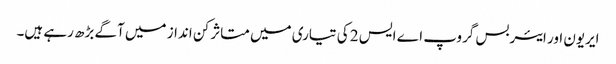
ایریون اور ایئربس گروپ اے ایس 2 کی تیاری میں متاثر کن انداز میں آگے بڑھ رہے ہیں۔